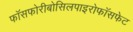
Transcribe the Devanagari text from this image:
फॉसफोरीबोसिलपाइरोफॉसफेट